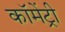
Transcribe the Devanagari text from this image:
कॉमेंट्री